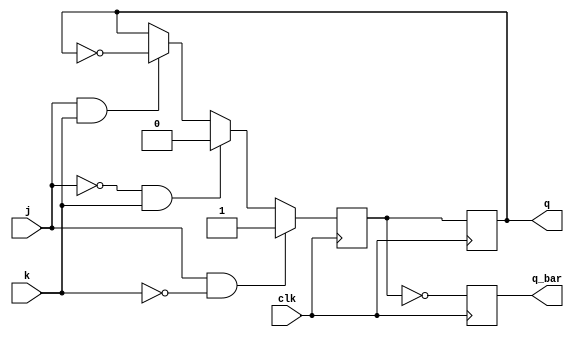
module jk_ff(
    input wire clk,
    input wire j,
    input wire k,
    output reg q,
    output reg q_bar
);

reg q_next;

always @(posedge clk) begin
    if(j & ~k) begin
        q_next <= 1'b1;
    end else if(~j & k) begin
        q_next <= 1'b0;
    end else if(j & k) begin
        q_next <= ~q;
    end else begin
        q_next <= q;
    end
end

always @(posedge clk) begin
    q <= q_next;
    q_bar <= ~q_next;
end

endmodule